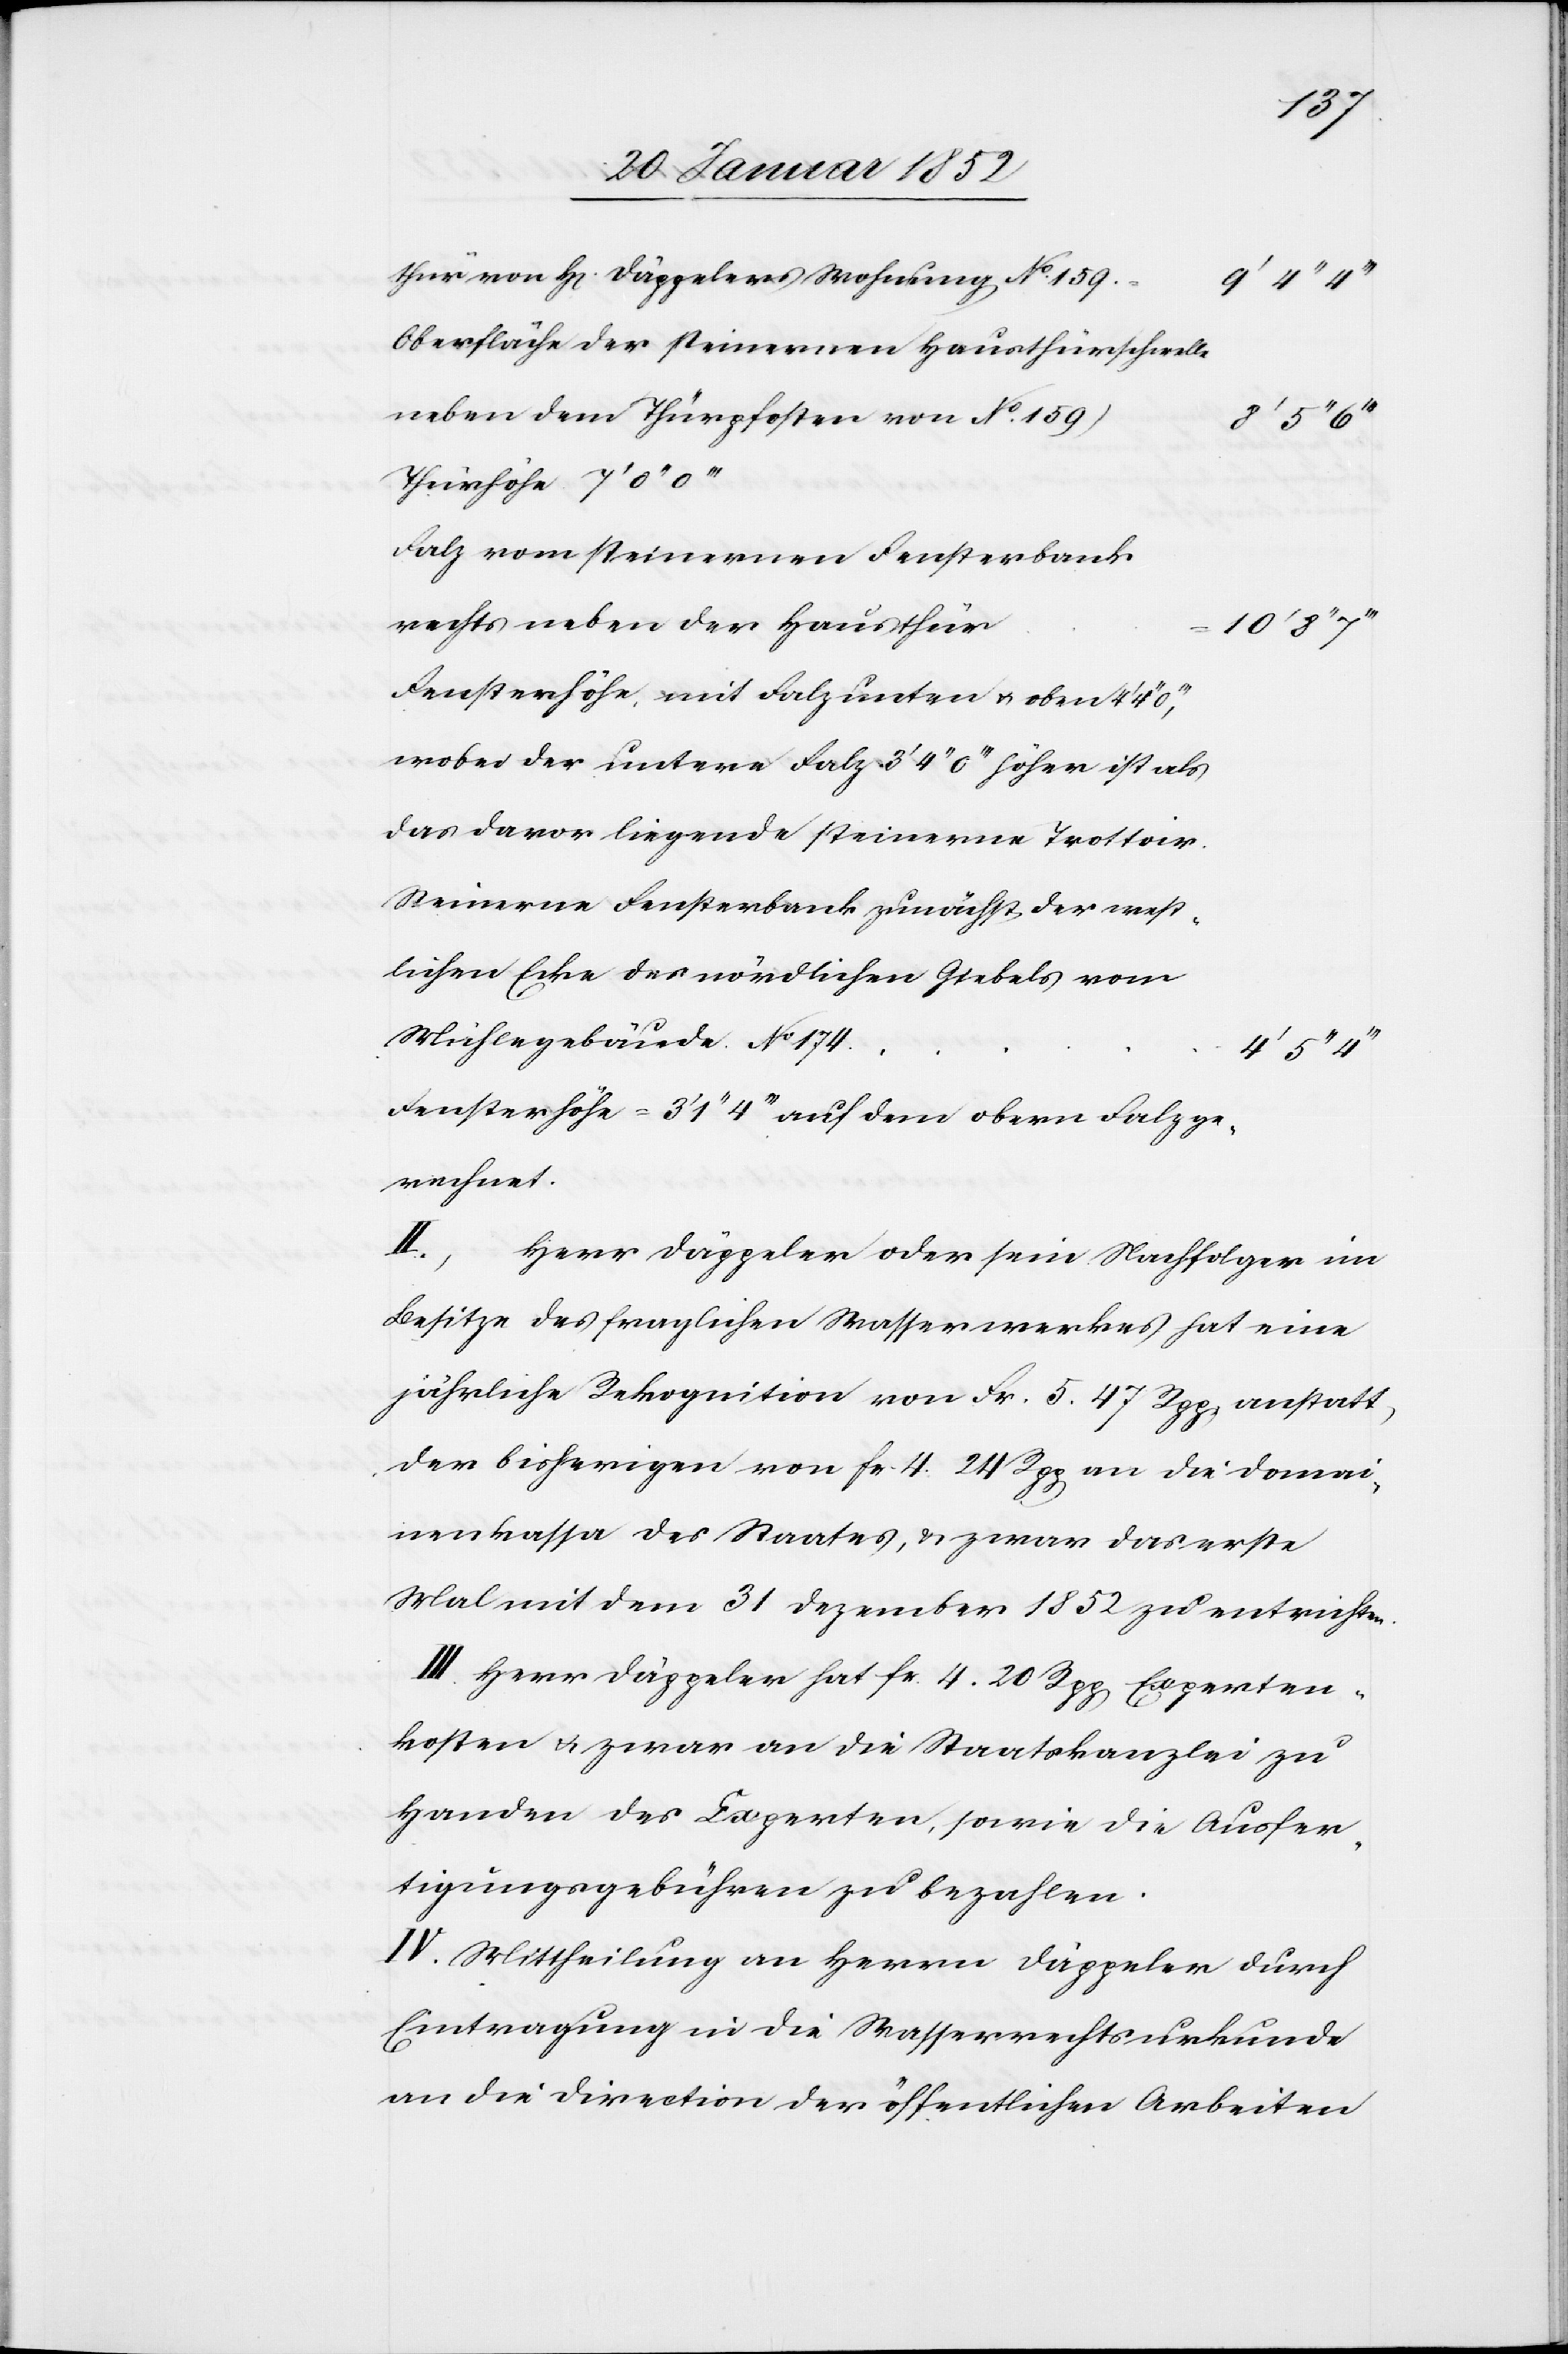
thür von H[errn] Däppelers Wohnung No. 159.
Oberfläche der steinernen Hausthürschwelle
neben dem Türpfosten von No. 159
Falz vom steinernen Fensterbank
rechts neben der Hausthür
Fensterhöhe, mit Falz unten u. oben 4’
wobei der untere Falz 3’ 4’’ 0’’’ höher ist als
das davor liegende steinerne Trottoir.
Steinerne Fensterbank zunächst der west¬
lichen Ecke des nördlichen Giebels vom
Mühlengebäude No. 174
4’ 5’’
Fensterhöhe = 3’ 1’’ 4’’’ auf dem obern Falz ge¬
rechnet.
II.
Herr Däppeler oder sein Nachfolger im
Besitze des fraglichen Wasserwerkes hat eine
jährliche Rekognition von Fr. 5. 47 Rpp anstatt
der bisherigen von fr. 4 24 Rpp an die Domai¬
nenkassa des Staates, u. zwar das erste
Mal mit dem 31 Dezember 1852 zu entrichten.
III. Herr Däppeler hat fr. 4. 20 Rpp Experten¬
kosten u. zwar an die Staatskanzlei zu
Handen des Experten, sowie die Ausfer¬
tigungsgebühren zu bezahlen.
IV. Mittheilung an Herrn Däppeler durch
Eintragung in die Wasserrechtsurkunde
an die Direction der öffentlichen Arbeiten